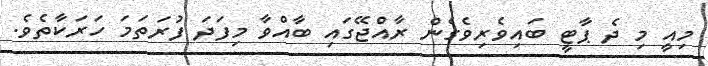
މިއީ މި ދެ ޕާޓީ ބައިވެރިވެގެން ރާއްޖޭގައި ބާއްވާ މިފަދަ ފުރަތަމަ ހަރަކާތެވެ.